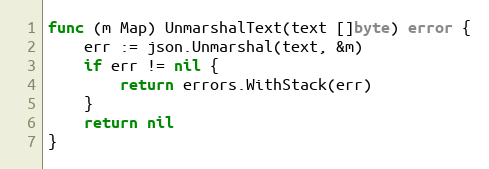
Language: Go
func (m Map) UnmarshalText(text []byte) error {
	err := json.Unmarshal(text, &m)
	if err != nil {
		return errors.WithStack(err)
	}
	return nil
}